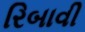
રિબાવી